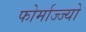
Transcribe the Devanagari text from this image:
फोर्माज्ज्यो